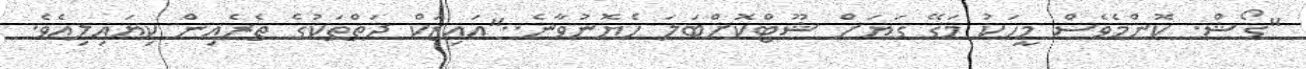
"ގޯޝް. ކޮންމެވެސް މީހަކު މަގޭ ގަޔަށް ޝޫޓްކޮށްބަލަ ހެޔޮނުވާނެ.."އައިޒަކް ދަތްތަކުގެ ތެރެއިން ކިޔައިލިއެވެ.